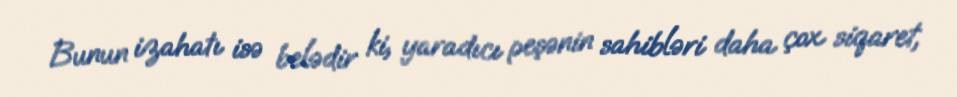
Bunun izahatı isə belədir ki, yaradıcı peşənin sahibləri daha çox siqaret,